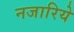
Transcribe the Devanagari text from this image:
नजारिये